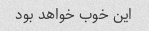
این خوب خواهد بود